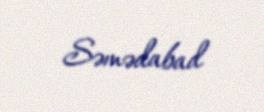
Səmədabad